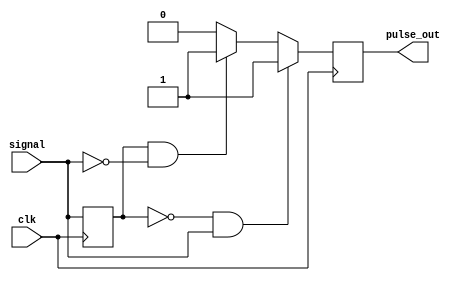
module pulse_edge_detector (
    input wire signal,      // Digital input signal
    input wire clk,        // Clock signal
    output reg pulse_out    // Output pulse signal
);

    reg signal_prev;       // Register to hold the previous state of the signal

    // Edge detection and pulse generation logic
    always @(posedge clk) begin
        // Capture the current state of the signal
        signal_prev <= signal;

        // Detect rising and falling edges
        if (signal_prev == 1'b0 && signal == 1'b1) begin
            // Rising edge detected
            pulse_out <= 1'b1; // Generate pulse
        end else if (signal_prev == 1'b1 && signal == 1'b0) begin
            // Falling edge detected
            pulse_out <= 1'b1; // Generate pulse
        end else begin
            pulse_out <= 1'b0; // No edge detected
        end
    end

endmodule